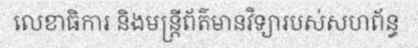
លេខាធិការ និងមន្ត្រីព័ត៌មានវិទ្យារបស់សហព័ន្ធ